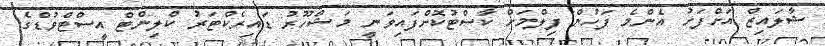
ޝާލައިޒް އަށްފަހު އެންމެ ފަހުން ފިލްމަށް ކާސްޓުކޮށްފައިވަނީ މަޝްހޫރު ޑައިރެކްޓަރު ކްލިންޓް އީސްޓްވުޑްގެ